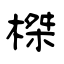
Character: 榤